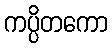
ကပ္ပိတကော